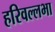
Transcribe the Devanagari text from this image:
हरिवल्लभा